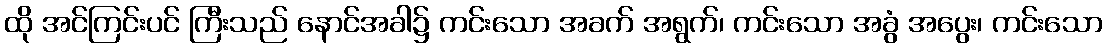
ထို အင်ကြင်းပင် ကြီးသည် နောင်အခါ၌ ကင်းသော အခက် အရွက်၊ ကင်းသော အခွံ အပွေး၊ ကင်းသော